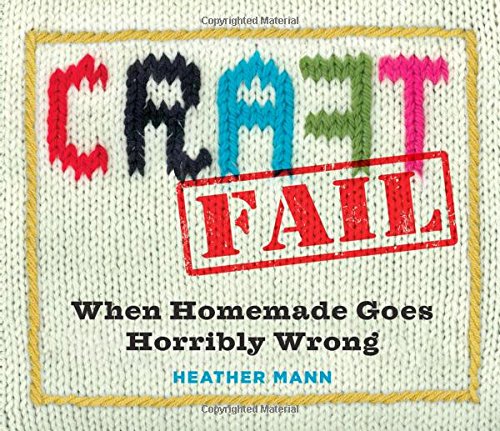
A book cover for CraftFail: When Homemade Goes Horribly Wrong; Heather Mann; Humor & Entertainment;